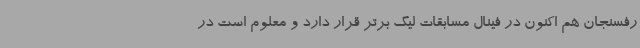
رفسنجان هم اکنون در فینال مسابقات لیگ برتر قرار دارد و معلوم است در